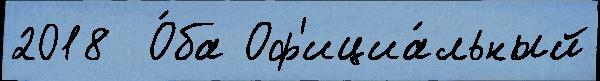
2018  О́ба Оф'ициа́льный